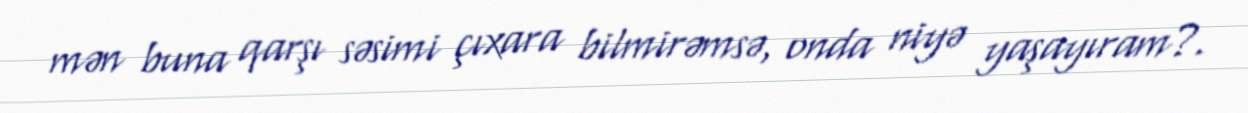
mən buna qarşı səsimi çıxara bilmirəmsə, onda niyə yaşayıram?.